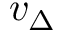
v _ { \Delta }